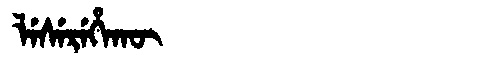
Manchu: ᠯᡝᠰᡝᡵᡝᡥᠠᡴᡡ
Romanization: LESEREHAKŪ